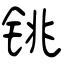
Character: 铫